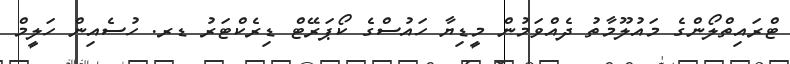
ޓްރައިތްލޯންގެ މައުލޫމާތު ދެއްވަމުން މީޑިޔާ ހައުސްގެ ކޯޕަރޭޓް ޑިރެކްޓަރު ޑރ. ހުސެއިން ހަލީމް